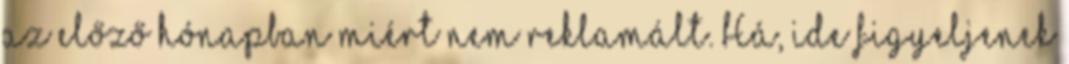
az előző hónapban miért nem reklamált. Há, ide figyeljenek